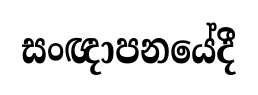
සංඥාපනයේදී